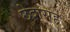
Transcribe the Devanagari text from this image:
छेदासह